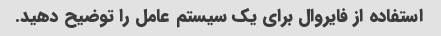
استفاده از فایروال برای یک سیستم عامل را توضیح دهید.